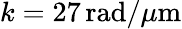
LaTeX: k=27\, \mathrm{rad}/\mu\mathrm{m}